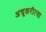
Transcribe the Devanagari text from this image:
अचूकरीत्या